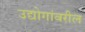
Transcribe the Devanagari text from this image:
उद्योगांवरील